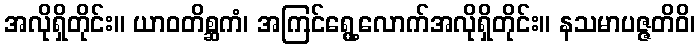
အလိုရှိတိုင်း။ ယာဝတိစ္ဆကံ၊ အကြင်ရွေ့လောက်အလိုရှိတိုင်း။ နသမာပဇ္ဇတိဝိ၊